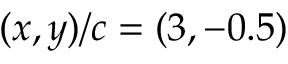
( x , y ) / c = ( 3 , - 0 . 5 )